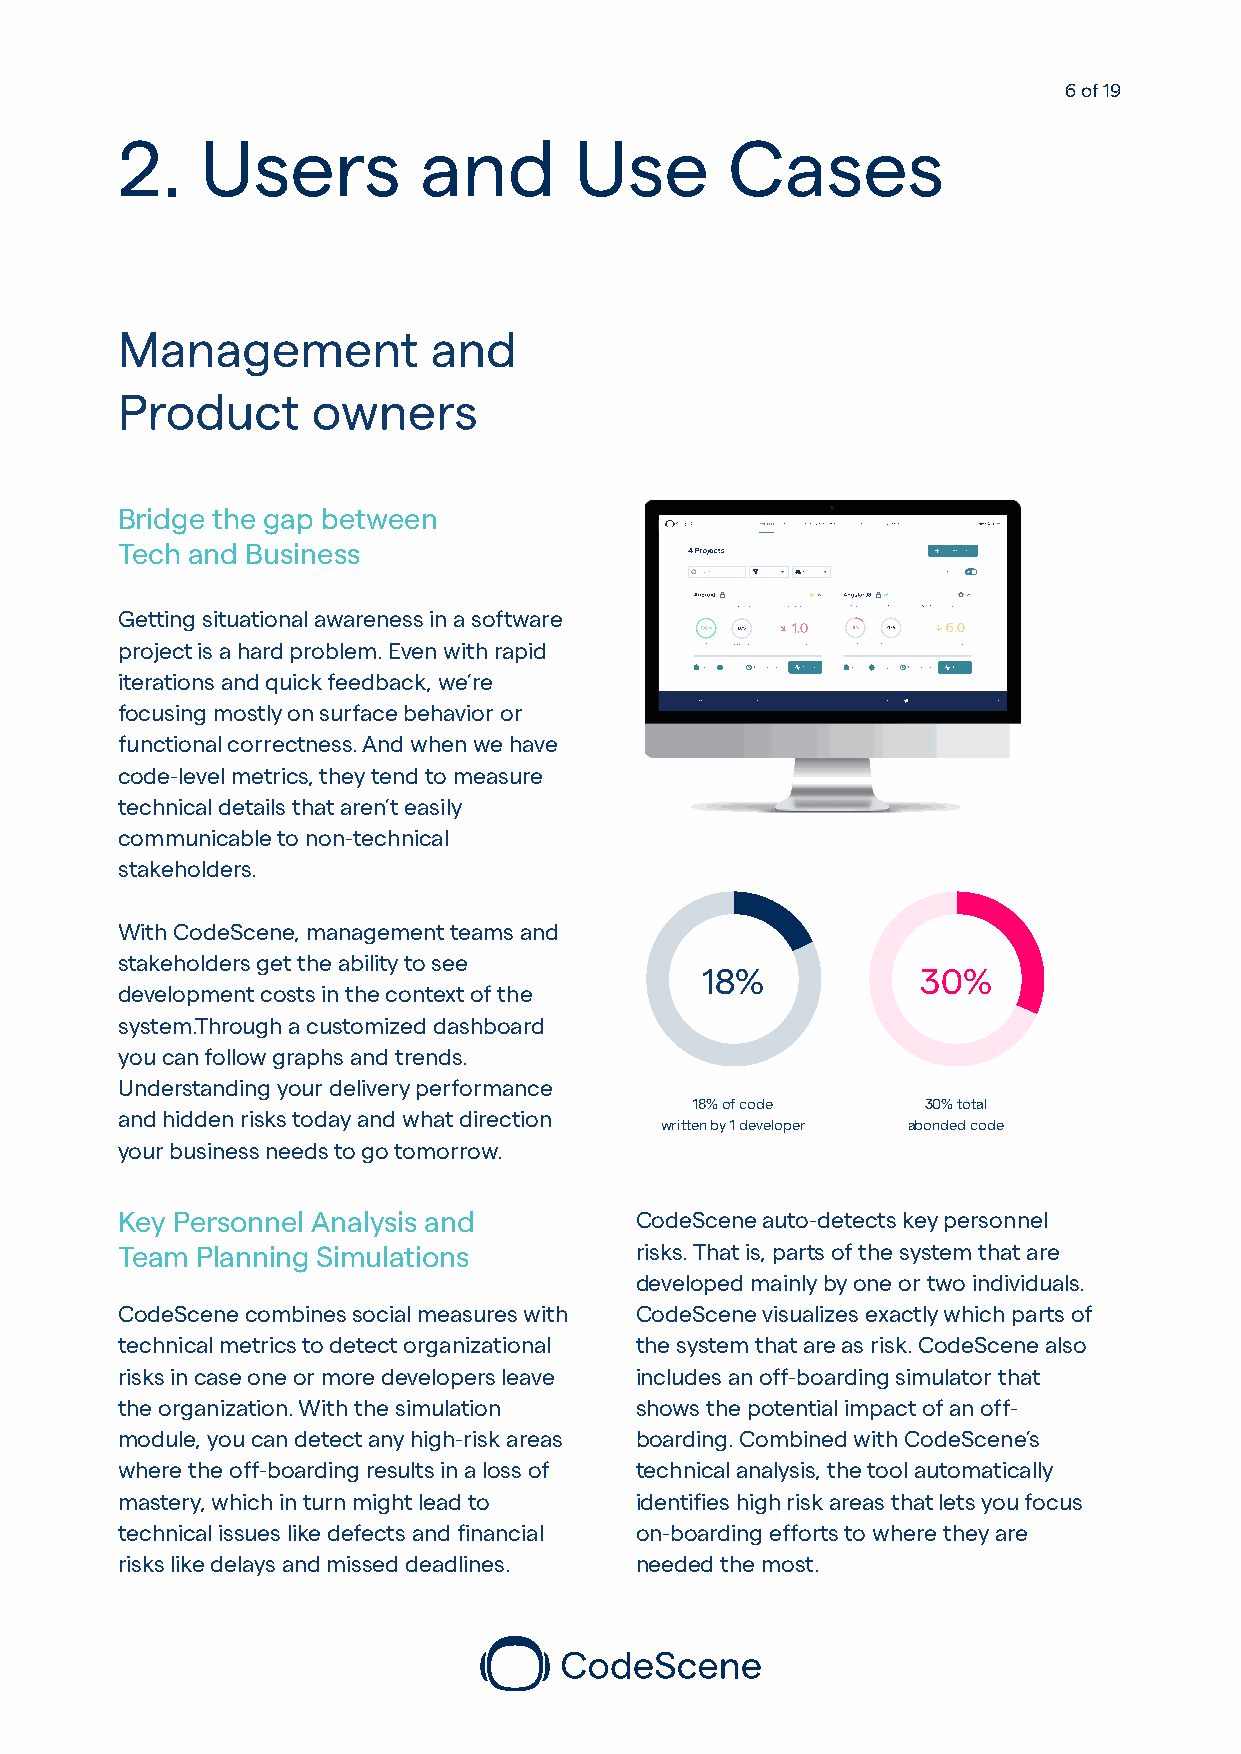
6 of 19
 2.   Users          and       Use       Cases
 Management          and
 Product      owners
 Bridge the gap between
 Tech and Business
 Getting situational awareness in a software
 project is a hard problem. Even with rapid
 iterations and quick feedback, we’re
 focusing mostly on surface behavior or
 functional correctness. And when we have
 code-level metrics, they tend to measure
 technical details that aren’t easily
 communicable to non-technical
 stakeholders.
 With CodeScene, management teams and
 stakeholders get the ability to see
 18%            30%
 development costs in the context of the
 system.Through a customized dashboard
 you can follow graphs and trends.
 Understanding your delivery performance
 18% of code    30% total
 and hidden risks today and what direction
 written by 1 developer abonded code
 your business needs to go tomorrow.
 Key Personnel Analysis and        CodeScene auto-detects key personnel
 Team Planning Simulations         risks. That is, parts of the system that are
 developed mainly by one or two individuals.
 CodeScene combines social measures with CodeScene visualizes exactly which parts of
 technical metrics to detect organizational the system that are as risk. CodeScene also
 risks in case one or more developers leave includes an off-boarding simulator that
 the organization. With the simulation shows the potential impact of an off-
 module, you can detect any high-risk areas boarding. Combined with CodeScene’s
 where the off-boarding results in a loss of technical analysis, the tool automatically
 mastery, which in turn might lead to identifies high risk areas that lets you focus
 technical issues like defects and financial on-boarding efforts to where they are
 risks like delays and missed deadlines. needed the most.